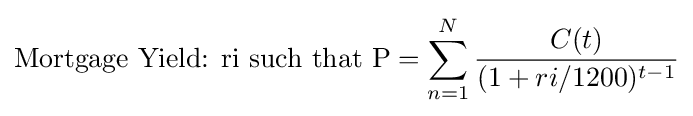
{\mbox{Mortgage Yield: ri such that P}}=\sum _{n=1}^{N}{\frac {C(t)}{(1+ri/1200)^{t-1}}}